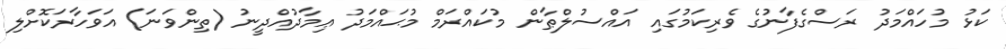
ކަޅު މުހައްމަދު ރަސްގެފާނުގެ ވެރިކަމުގައި އައްސުލްޠާން މުކައްރަމް މުޙައްމަދު ޢިމާދުއްދީނު (ތިންވަނަ) އަވަހާރަކޮށްލި